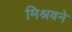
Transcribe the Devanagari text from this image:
मिश्रवने